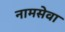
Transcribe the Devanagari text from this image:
नामसेवा